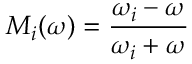
{ \cal M } _ { i } ( \omega ) = { \frac { \omega _ { i } - \omega } { \omega _ { i } + \omega } }